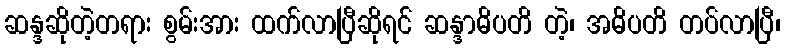
ဆန္ဒဆိုတဲ့တရား စွမ်းအား ထက်လာပြီဆိုရင် ဆန္ဒာဓိပတိ တဲ့၊ အဓိပတိ တပ်လာပြီ၊